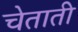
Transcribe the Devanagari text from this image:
चेताती